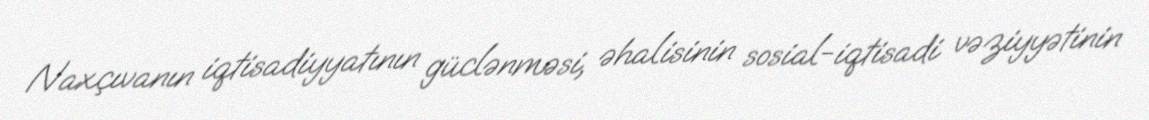
Naxçıvanın iqtisadiyyatının güclənməsi, əhalisinin sosial-iqtisadi vəziyyətinin